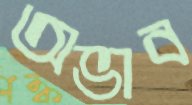
অভাব